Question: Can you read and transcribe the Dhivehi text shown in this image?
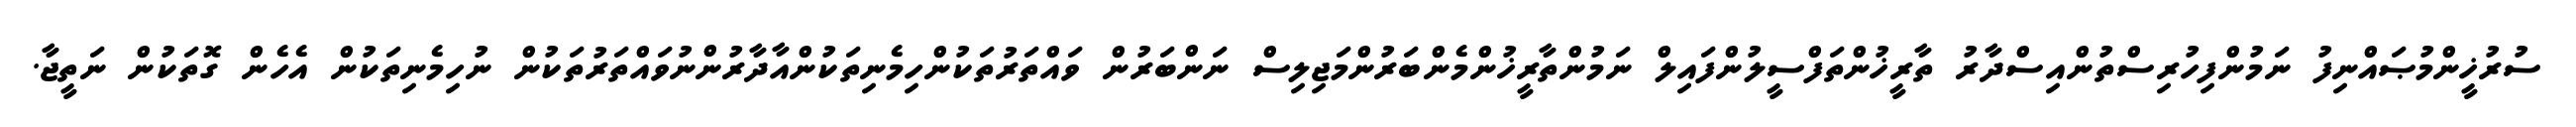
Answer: ސުރުޚީންމުޞައްނިފު ނަމުންފިހުރިސްތުންއިސްދާރު ތާރީޚުންތަފްސީލުންފައިލް ނަމުންތާރީޚުންމެންބަރުންމަޖިލިސް ނަންބަރުން ވައްތަރުތަކުންހިމެނިތަކުންއާދާރުންނުވައްތަރުތަކުން ނުހިމެނިތަކުން އެހެން ގޮތަކުން ނަތީޖާ.